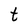
Character: t